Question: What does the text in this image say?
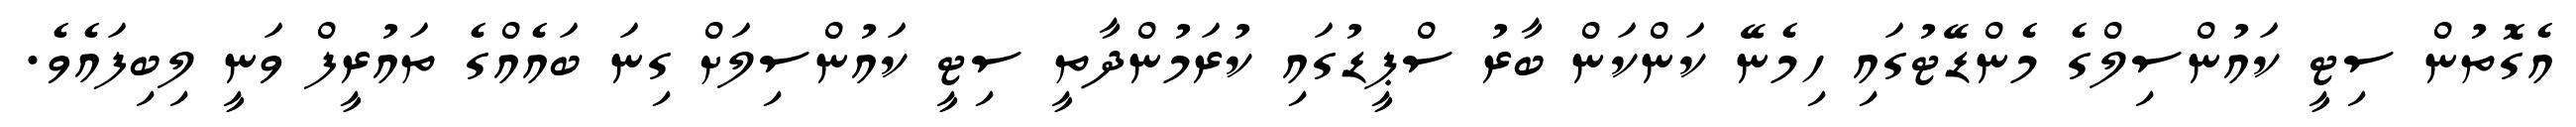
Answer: އެގޮތުން ސިޓީ ކައުންސިލްގެ މެންޑޭޓުގައި ހިމެނޭ ކަންކަން ބާރު ސްޕީޑުގައި ކުރަމުންދާތީ ސިޓީ ކައުންސިލަށް ގިނަ ބައެއްގެ ތައުރީފް ވަނީ ލިބިފައެވެ.